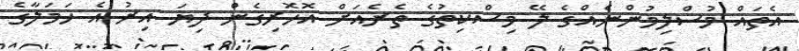
އެތައް މުސްލިމުންނެއްގެ ލޭ މިސްކިތުގެ ތެރެއަށް އޮހޮރިގެން ދިޔަ އިރު އެ ހަމަލާގެ